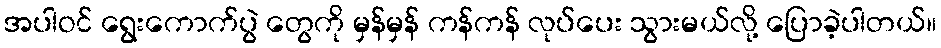
အပါဝင် ရွေးကောက်ပွဲ တွေကို မှန်မှန် ကန်ကန် လုပ်ပေး သွားမယ်လို့ ပြောခဲ့ပါတယ်။